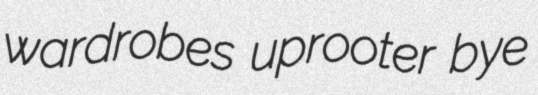
wardrobes uprooter bye